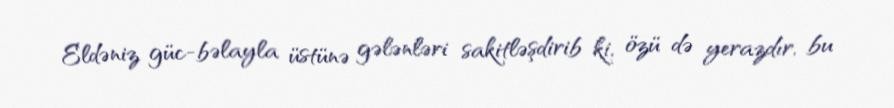
Eldəniz güc-bəlayla üstünə gələnləri sakitləşdirib ki, özü də yerazdır, bu